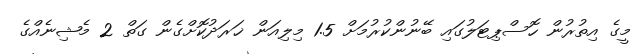
މީގެ އިތުރުން ހޮސްޕިޓަލުގައި ބޭނުންކުރުމަށް 1.5 މިލިއަން ޚަރަދުކޮށްގެން ގަތް 2 މެޝިނެއްގެ